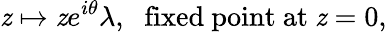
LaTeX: \mathit{z}\mapsto\mathit{z}e^{i\theta}\lambda,\, \, \mathrm{{~fixed~point~at~}}\mathit{z}=0,